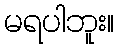
မရပါဘူး။